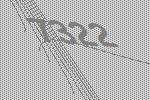
7322